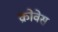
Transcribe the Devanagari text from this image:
क्रोवेस